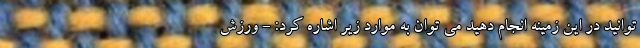
توانید در این زمینه انجام دهید می توان به موارد زیر اشاره کرد: - ورزش